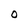
Character: O